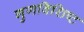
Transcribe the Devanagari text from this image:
गुणविशिष्ट